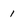
Character: 1